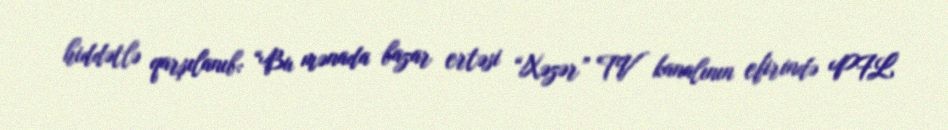
hiddətlə qarşılanıb: “Bu mənada bazar ertəsi “Xəzər” TV kanalının efirində PFL